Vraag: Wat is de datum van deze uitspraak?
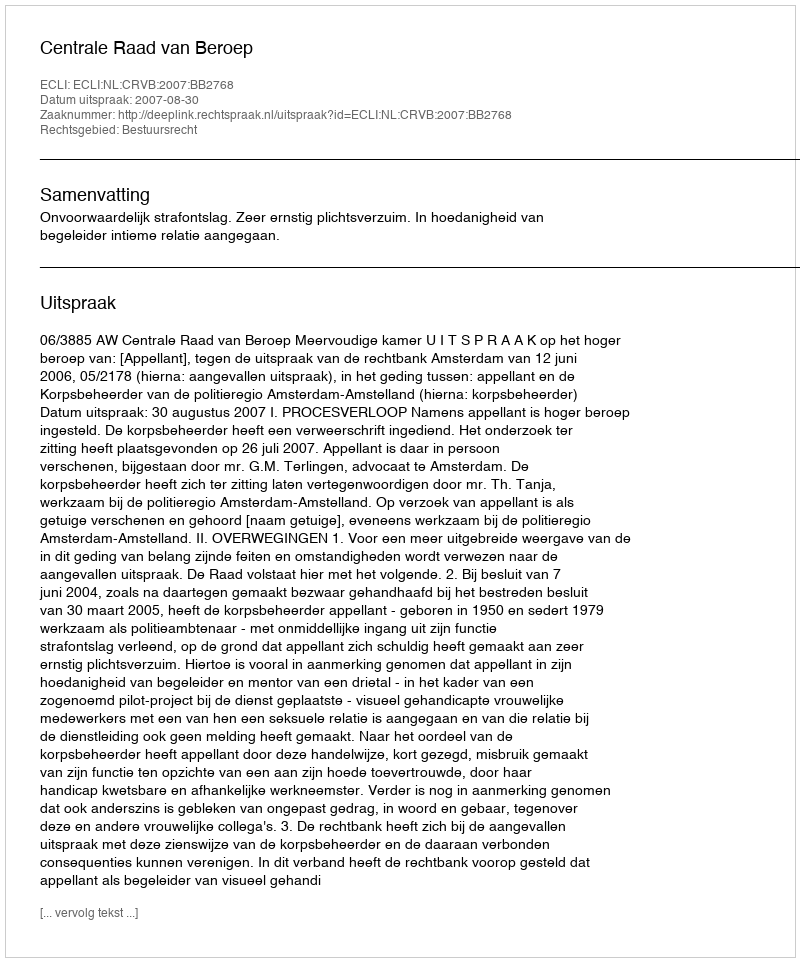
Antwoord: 2007-08-30